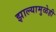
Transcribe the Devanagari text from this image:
झाल्यामुळेही